Medical and sanitary report of the native army of Bengal for the year
Year: 1876
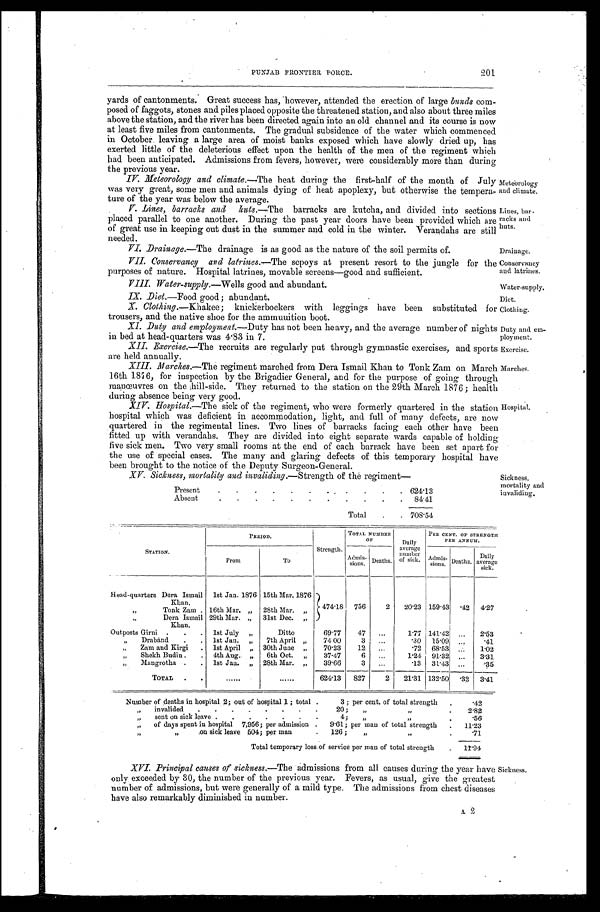
201
PUNJAB FRONTIER FORCE.
yards of cantonments. Great success has, however, attended the erection of large bunds com
- p o s e d o f f a g g o t s , s t o n e s a n d p i l e s p l a c e d o p p o s i t e t h e t h r e a t e n e d s t a t i o n , a n d a l s o a b o u t t h r e e m i l e s
above the station, and the river has been directed again into an old channel and its course is now
at least five miles from cantonments. The gradual subsidence of the water which commenced
in October. leaving a large area of moist banks exposed which have slowly dried up, has
exerted little of the deleterious effect upon the health of the men of the regiment which
bad been anticipated. Admissions from fevers, however, were considerably more than during
the previous year.
IV.Meteorology and climate. —The heat during the first-half of the month of July
was very great, some men and animals dying of heat apoplexy, but otherwise the tempera
- t u r e o f t h e y e a r w a s b e l o w t h e a v e r a g e .
V.Lines, barracks and huts.—The barracks are kutcha, and divided into sections
placed parallel to one another. During the past year doors have been provided which are
of great use in keeping out dust in the summer and cold in the winter. Verandahs are still
needed.
VI.Drainage.—The drainage is as good as the nature of the soil permits of.
VII.Conservancy and latrines.—The sepoys at present resort to the jungle for the
purposes of nature. Hospital latrines, movable screens—good and sufficient.
VIII. Water-supply.—Wells good and abundant.
IX. Diet.—Food good; abundant.
X. Clothing.—Khakee; knickerbockers with leggings have been substituted for
trousers, and the native shoe for the ammunition boot.
XI. Duty and employment.—Duty has not been heavy, and the average number of nights
in bed at head-quarters was 4.83 in 7.
XII. Exercise.—The recruits are regularly put through gymnastic exercises, and sports
are held annually.
XIII.
Marches.
—The regiment marched from Dera Ismail Khan to Tonk Zam on March
16th 1876, for inspection by the Brigadier General, and for the purpose of going through
ma n œu v r e s o n t h e h i l l - s i d e . T h e y r e t u r n e d t o t h e s t a t i o n o n t h e 2 9 t h Ma r c h 1 8 7 6 ; h e a l t h
during absence being very good.
XIV.Hospital.—The sick of the regiment, who were formerly quartered in the station
hospital which was deficient in accommodation, light, and full of many defects, are now
quartered in the regimental lines. Two lines of barracks facing each other have been
fitted up with verandahs. They are divided into eight separate wards capable of holding
five sick men. Two very small rooms at the end of each barrack have been set apart for
the use of special cases. The many and glaring defects of this temporary hospital have
been brought to the notice of the Deputy Surgeon-General.
XV.Sickness, mortality and invaliding.—Strength of the regiment—
Present
624.13
Absent
8 4 . 4 1
Total
708.54
PERIOD.
TOTAL NUMBER
PER CENT. OF STRENGTH
OF
Daily
PER ANNUM.
STATION.
Strength.
average
number
Daily
Head-quarters Dera Ismail
From
1st Jan. 1876
To
15th Mar. 1876
A d m i s -
ions. Deaths. of sick. Adm i s
sions. Deaths. a v e r a g e sick.
Khan.
„ Tonk Zam 16th Mar. „ 28th Mar. „ 474.18 756
2 20.23 159.43
. 4 2 4.27
„ Dera Ismail 29th Mar. „ 31st Dec. „
Khan.
Outposts Girni
1st July „
Ditto
69.77 47
1.77 141.42
2.53
„ Draband
1st Jan. „ 7th April „ 74.00 3
.30 15.09
.41
„ Zam and Kirgi
1st April „ 30th June „ 70.23 12
.72 68.53
1.02
„ Shekh Budin 4th Aug „ 6th Oct. „ 37.47
1.24 91.32
3.31
Mangrotha
1st Jan „ „ 28th Mar. „ 39.66
.13 31.43
.35
TOTAL
624.13 827
2 21.31 132.50 .32 3.41
Number of deaths in hospital . 2; out of hospital 1; total
3; per cent. of total strength
.42
„
invalided
20; „
2.82
„
sent on sick leave
4; „ „
.56
„ o f d a y s s p e n t i n h o s p i t a l „
on sick leave
7,956; per admission 9.61; per man of total strength
504; per man 126;„
„
11.23
.71
Total temporary loss of service per man of total strength . 1 1 . 9 4
XVI.Principal causes of sickness. —The admissions from all causes during the year have
only. exceeded by 30, the number of the previous year. Fevers, as usual, give the greatest
number of admissions, but were generally of a mild type. The admissions from chest diseases
have also remarkably diminished in number.
Meteorology
and climate.
Lines, bar
- c a c k s a n d
h u t s .
Drainage.
Conservancy
and latrines.
Water-supply.
Diet.
Clothing.
Duty and em
-ploy ment.
Exercise.
Marches.
Hospital.
Sickness,
mortality and
invaliding.
Sickness.